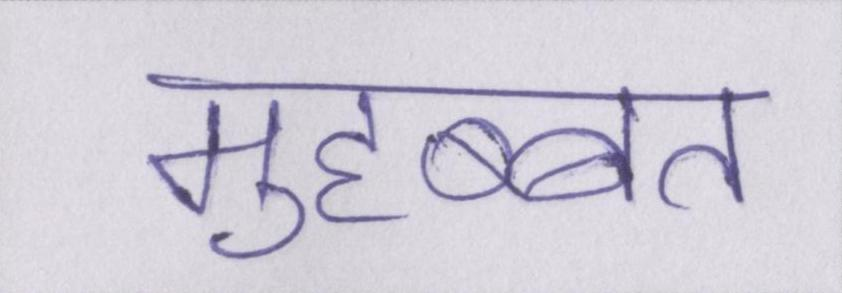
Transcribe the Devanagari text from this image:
मुहब्बत